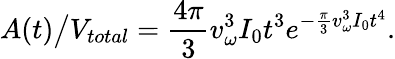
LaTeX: A(t)\big/V_{total}=\frac{4\pi}{3}v_{\omega}^{3}I_{0}t^{3}e^{-\frac{\pi}{3}v_{\omega}^{3}I_{0}t^{4}}.